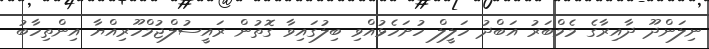
ނިލަންދޫ ދާއިރާގެ މެމްބަރު އަބްދު ހަލީލް ހުށަހެޅުއްވި ބިލުގައިވާ ގޮތުން ރައީސުލްޖުމްހޫރިއްޔާ އިންތިހާބު